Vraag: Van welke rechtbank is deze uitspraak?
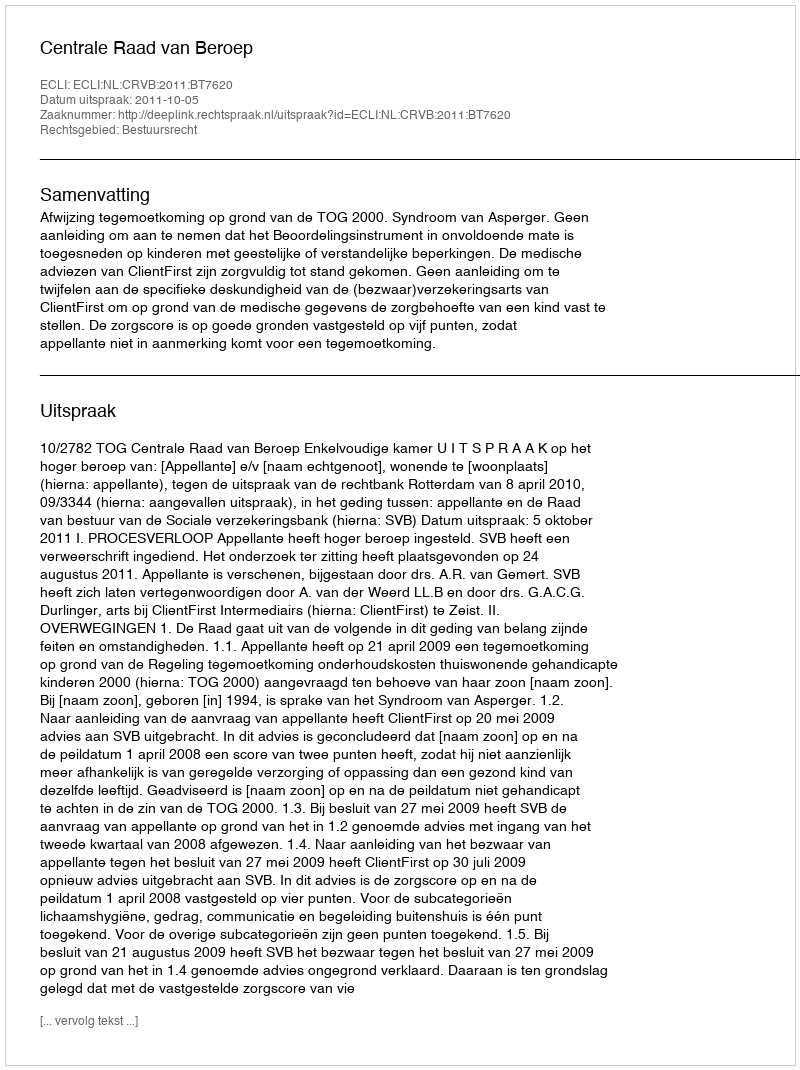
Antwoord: Centrale Raad van Beroep